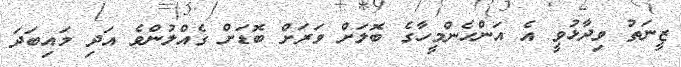
ޒީނަތު ވިދާޅުވީ އެ އަންހެންމީހާގެ ބޮލަށް ވަރަށް ބޮޑަށް ގެއްލުންވެ އަދި މައިބަދަ